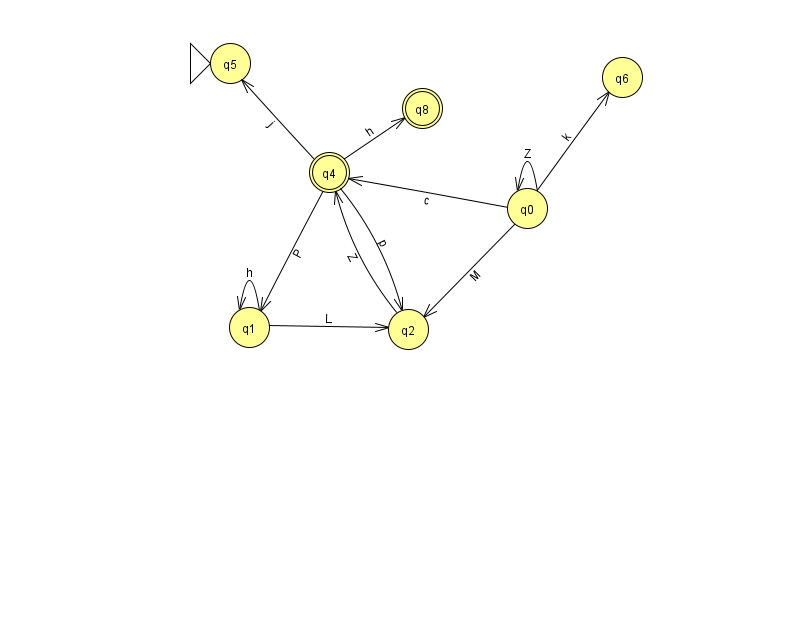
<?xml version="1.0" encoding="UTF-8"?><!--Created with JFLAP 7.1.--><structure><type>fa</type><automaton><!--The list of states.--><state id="0" name="q0"><x>527.0</x><y>195.0</y></state><state id="1" name="q1"><x>249.0</x><y>314.0</y></state><state id="2" name="q2"><x>408.0</x><y>316.0</y></state><state id="4" name="q4"><x>329.0</x><y>159.0</y><final/></state><state id="5" name="q5"><x>230.0</x><y>50.0</y><initial/></state><state id="6" name="q6"><x>622.0</x><y>64.0</y></state><state id="8" name="q8"><x>422.0</x><y>95.0</y><final/></state><!--The list of transitions.--><transition><from>4</from><to>1</to><read>P</read></transition><transition><from>4</from><to>5</to><read>j</read></transition><transition><from>1</from><to>2</to><read>L</read></transition><transition><from>0</from><to>2</to><read>M</read></transition><transition><from>0</from><to>4</to><read>c</read></transition><transition><from>2</from><to>4</to><read>Z</read></transition><transition><from>0</from><to>6</to><read>k</read></transition><transition><from>1</from><to>1</to><read>h</read></transition><transition><from>0</from><to>0</to><read>Z</read></transition><transition><from>4</from><to>8</to><read>h</read></transition><transition><from>4</from><to>2</to><read>p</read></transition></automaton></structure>